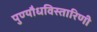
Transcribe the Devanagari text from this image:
पुण्यौधविस्तारिणी